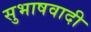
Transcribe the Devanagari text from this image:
सुभाषवादी